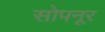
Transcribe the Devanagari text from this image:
सोपनूर